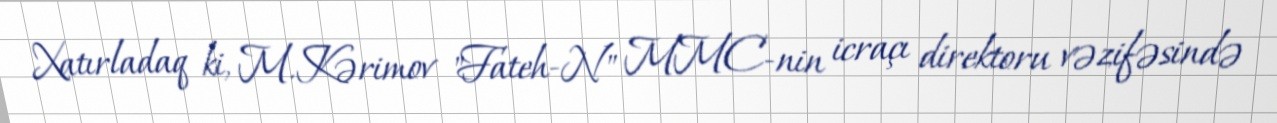
Xatırladaq ki, M.Kərimov "Fateh-N" MMC-nin icraçı direktoru vəzifəsində